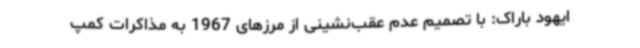
ایهود باراک: با تصمیم عدم عقب‌نشینی از مرزهای 1967 به مذاکرات کمپ